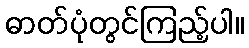
ဓာတ်ပုံတွင်ကြည့်ပါ။